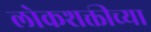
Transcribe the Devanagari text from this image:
लोकशक्तीच्या